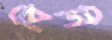
বিনি